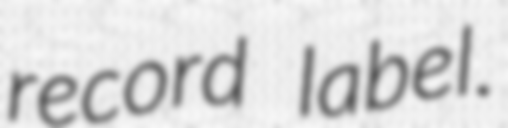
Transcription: record label.